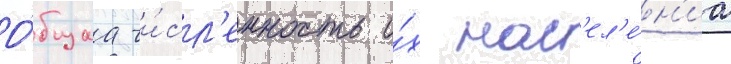
О́бщаа чи́сл'енность и́х нас'ел'е́н'иа